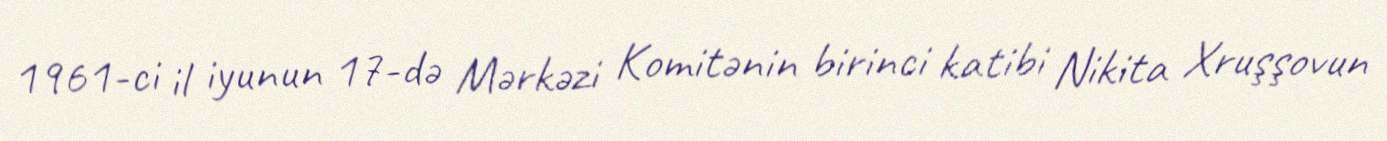
1961-ci il iyunun 17-də Mərkəzi Komitənin birinci katibi Nikita Xruşşovun